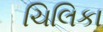
ચિલિકા